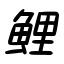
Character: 鯉